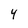
Character: 4